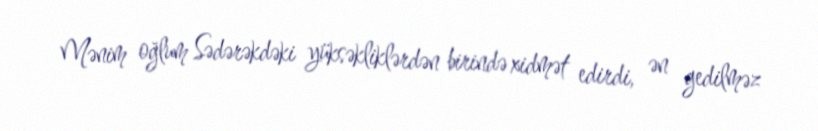
Mənim oğlum Sədərəkdəki yüksəkliklərdən birində xidmət edirdi, ən gedilməz